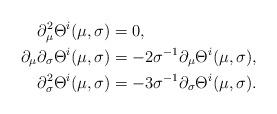
LaTeX: \begin{align*}\partial^2_\mu \Theta^i(\mu,\sigma) &= 0,\\\partial_\mu \partial_\sigma \Theta^i(\mu,\sigma) &= - 2 \sigma^{-1} \partial_\mu \Theta^i(\mu,\sigma),\\\partial^2_\sigma \Theta^i(\mu,\sigma) &= - 3 \sigma^{-1} \partial_\sigma \Theta^i(\mu,\sigma).\end{align*}